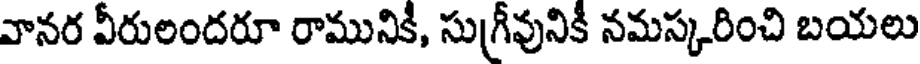
వానర వీరులందరూ రామునికి, సుగ్రీవునికి నమస్కరించి బయలు